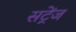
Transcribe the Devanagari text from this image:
सट्रेंज